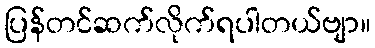
ပြန်တင်ဆက်လိုက်ရပါတယ်ဗျာ။